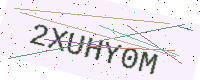
Text: 2XUHY0M